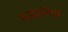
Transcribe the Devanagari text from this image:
सनसनीदार